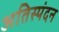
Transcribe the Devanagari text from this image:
अतिस्पंदन